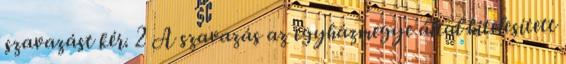
szavazást kér. 2 A szavazás az egyházmegye által hitelesített